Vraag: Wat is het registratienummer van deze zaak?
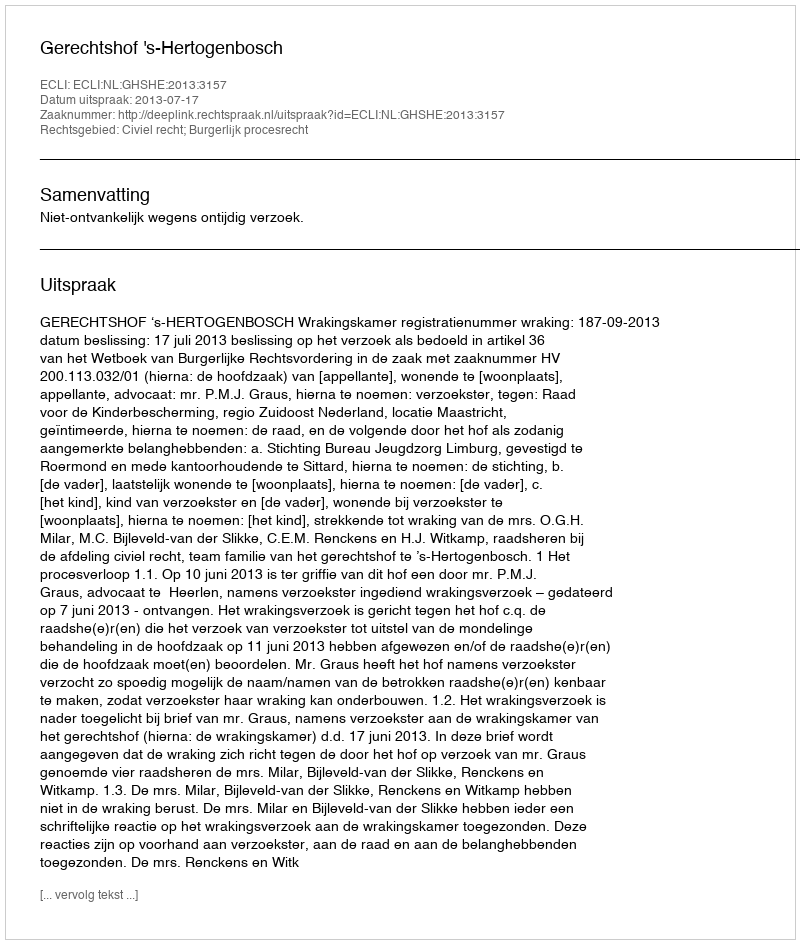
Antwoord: http://deeplink.rechtspraak.nl/uitspraak?id=ECLI:NL:GHSHE:2013:3157